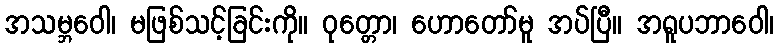
အသမ္ဘဝေါ၊ မဖြစ်သင့်ခြင်းကို။ ဝုတ္တော၊ ဟောတော်မူ အပ်ပြီ။ အရူပဘာဝေါ၊